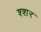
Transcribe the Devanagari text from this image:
श्शर